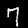
Label: 7